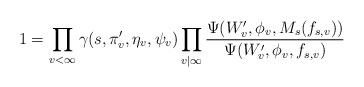
\begin{align*}1=\prod_{v<\infty}\gamma(s,\pi'_v,\eta_v,\psi_v) \prod_{v|\infty}\frac{\Psi(W'_v, \phi_v, M_s(f_{s,v}))}{\Psi(W'_v, \phi_v, f_{s,v})}\end{align*}